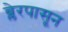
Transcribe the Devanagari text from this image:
ब्लेरपासून